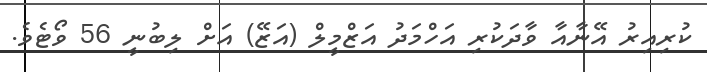
ކުރިއިރު އޭނާއާ ވާދަކުރި އަހްމަދު އަޒްމީލް (އަޒޭ) އަށް ލިބުނީ 56 ވޯޓެވެ.